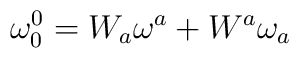
\mathbf{\omega }_{0}^{0}=W_{a}\mathbf{\omega }^{a}+W^{a}\mathbf{\omega }_{a}